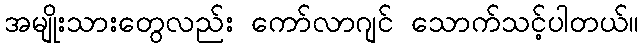
အမျိုးသားတွေလည်း ကော်လာဂျင် သောက်သင့်ပါတယ်။